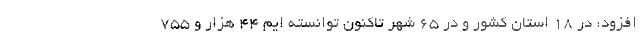
افزود: در ۱۸ استان کشور و در ۶۵ شهر تاکنون توانسته ایم ۴۴ هزار و ۷۵۵